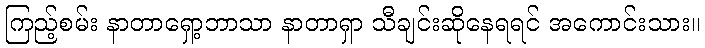
ကြည့်စမ်း နာတာရှော့ဘာသာ နာတာရှာ သီချင်းဆိုနေရရင် အကောင်းသား။